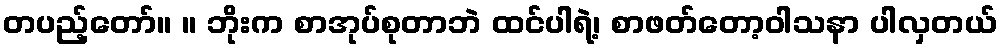
တပည့်တော်။ ။ ဘိုးက စာအုပ်စုတာဘဲ ထင်ပါရဲ့၊ စာဖတ်တော့ဝါသနာ ပါလှတယ်